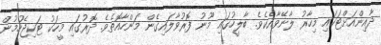
ދާއިންއަށްޓަކައި މިހާރު ލާނޭވާއެކެވެ. ބާލީހުގައި މޫނު ފޮރުވާލައިގެން މަންހާއޮތެވެ. ދޮރުގައި މީހަކު ޓަކިޖެހުމުން